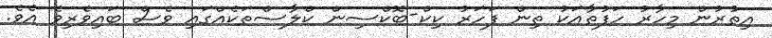
އިތުރުން މިހާރު ހަފުތާއަކު ތިން ފަހަރު ކިކް-ބޮކްސިން ކްލާސްތަކެއްގައި ވެސް ބައިވެރިވެ އެވެ.